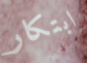
ابتكار